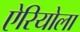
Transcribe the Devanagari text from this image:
ऐरियोला